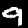
Digit: 9